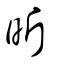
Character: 昕